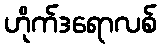
ဟိုက်ဒရောလစ်